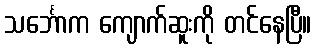
သင်္ဘောက ကျောက်ဆူးကို တင်နေပြီ။